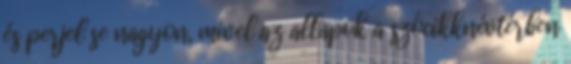
és perjel se nagyon, mivel az allapok a szócikknévtérben